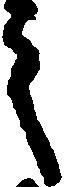
之